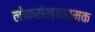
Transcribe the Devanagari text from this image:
लोकसंख्यात्मक